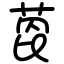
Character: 萞